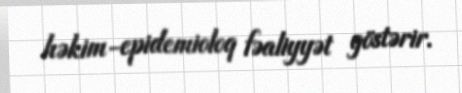
həkim-epidemioloq fəaliyyət göstərir.